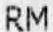
RM